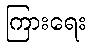
ကြားရေး